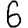
Digit: 6